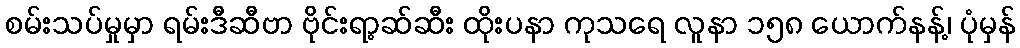
စမ်းသပ်မှုမှာ ရမ်းဒီဆီဗာ ဗိုင်းရာ့ဆ်ဆီး ထိုးပနာ ကုသရေ လူနာ ၁၅၈ ယောက်နန့်၊ ပုံမှန်